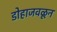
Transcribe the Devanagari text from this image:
डोहाजवळून